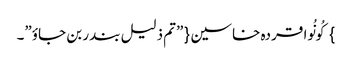
} کُونُوا قردہ خاسین{ ”تم ذلیل بندر بن جاوٴ”۔